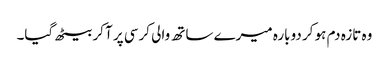
وہ تازہ دم ہو کر دوبارہ میرے ساتھ والی کرسی پر آ کر بیٹھ گیا۔